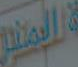
المنار